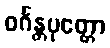
ဝင်္ဂန္တပုတ္တော